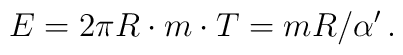
E = 2\pi R \cdot m \cdot T = mR/\alpha' \, .